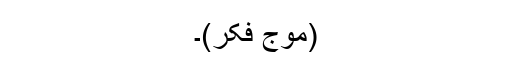
(موج فکر)۔